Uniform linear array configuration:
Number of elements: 24
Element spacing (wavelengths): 0.75
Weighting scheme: hamming
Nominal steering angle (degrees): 15
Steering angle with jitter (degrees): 13.086
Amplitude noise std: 0.05
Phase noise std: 0.05

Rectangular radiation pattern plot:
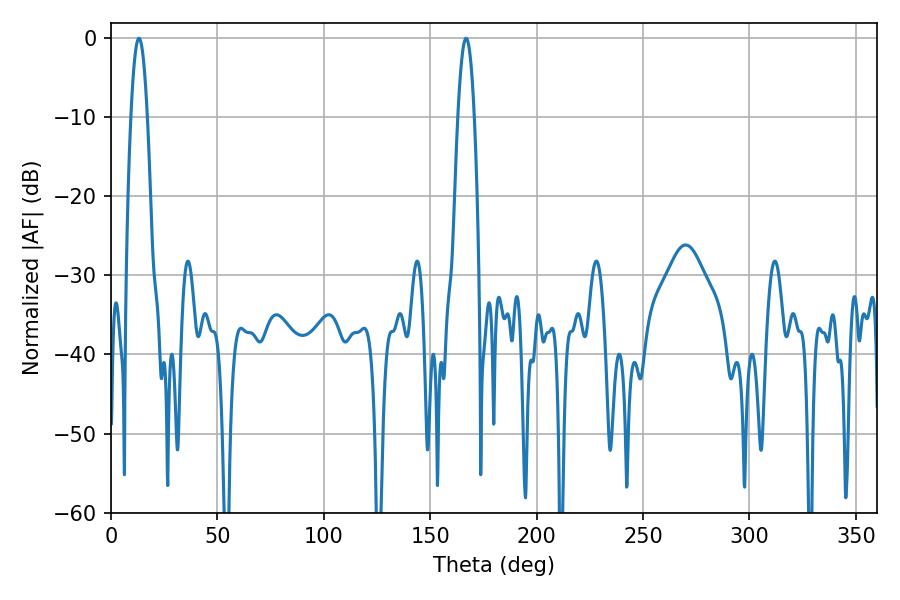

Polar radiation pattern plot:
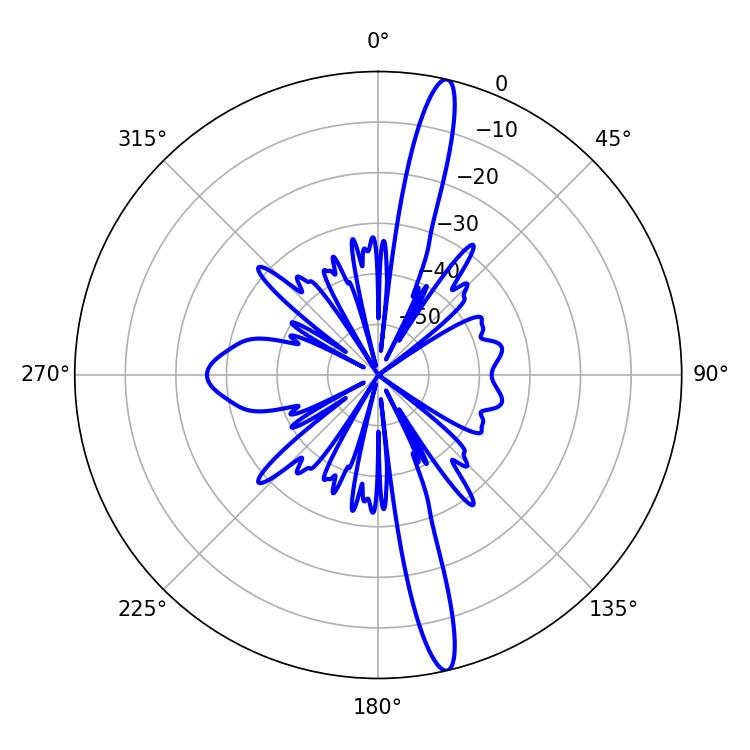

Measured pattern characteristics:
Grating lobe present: TRUE
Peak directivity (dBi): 17.45
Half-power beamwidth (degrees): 4.32
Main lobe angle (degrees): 13.14